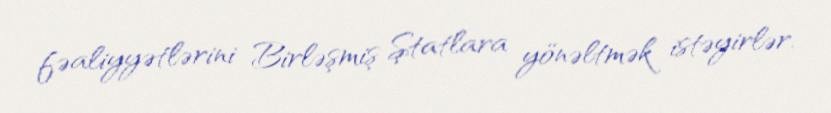
fəaliyyətlərini Birləşmiş Ştatlara yönəltmək istəyirlər.